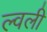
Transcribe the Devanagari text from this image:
ल्वली